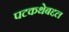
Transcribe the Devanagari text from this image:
पटकथेबद्दल